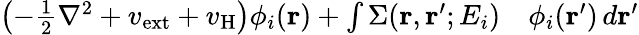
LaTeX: \begin{array}{rl}{\left(-\frac{1}{2}\nabla^{2}+v_{\mathrm{ext}}+v_{\mathrm{H}}\right)\phi_{i}(\mathbf{r})+\int\Sigma(\mathbf{r},\mathbf{r}^{\prime};E_{i})}&{{}\phi_{i}(\mathbf{r}^{\prime})\, d\mathbf{r}^{\prime}}\end{array}